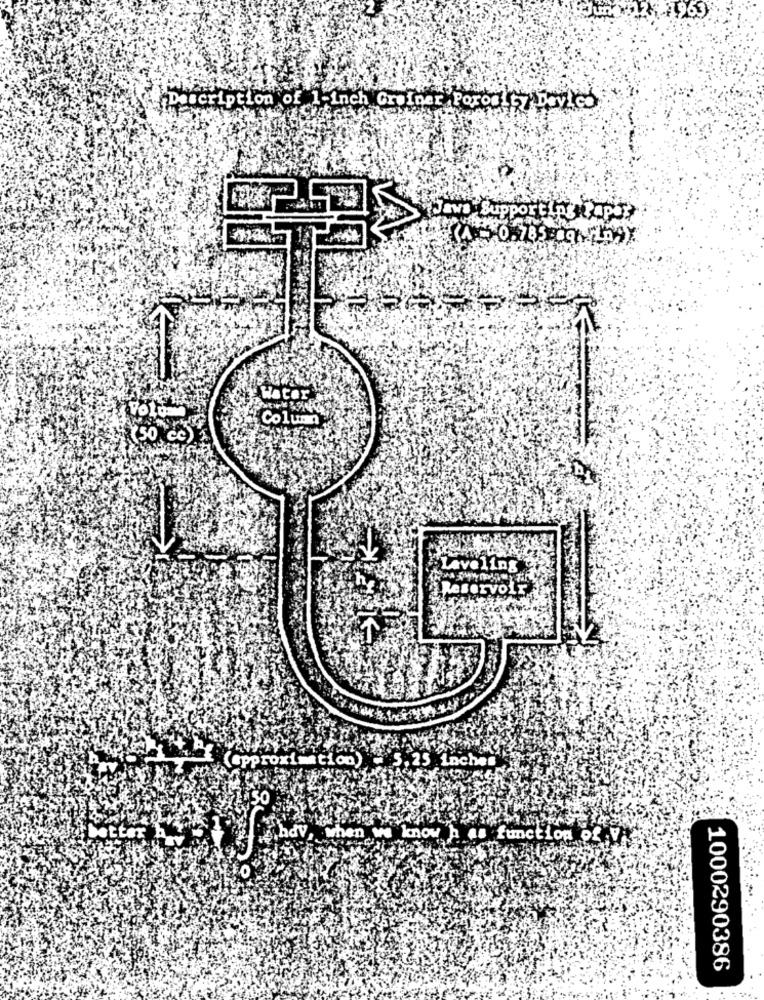
963
Description of 1-inch Greiner Porosity Devico
Jaws Supporting Papa?
Water
Column
(50 cc).
Laveling
Reservoir
(approximation) - 5.25 La
SO
etter
hdV, when we know
. function of :V
1000290386